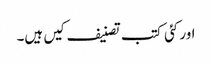
اور کئی کتب تصنیف کیں ہیں۔